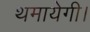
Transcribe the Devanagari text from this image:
थमायेगी।